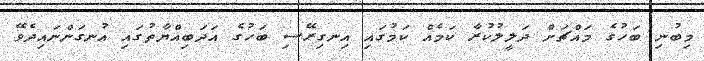
މިބުނި ބަހުގެ މައްޗަށް ދަލީލުކުރާ ކަމެއް ކަމުގައި އިނގިރޭސި ބަހުގެ އަދަބިއްޔާތުގައި އުނގަންނައިދެވޭ